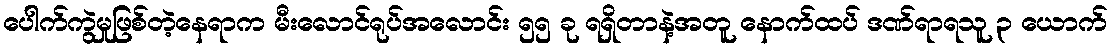
ပေါက်ကွဲမှုဖြစ်တဲ့နေရာက မီးလောင်ရုပ်အလောင်း ၅၅ ခု ရရှိတာနဲ့အတူ နောက်ထပ် ဒဏ်ရာရသူ ၃ ယောက်